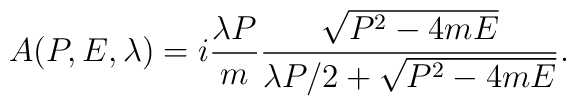
A(P,E,\lambda)=i{\lambda P\over m}{\sqrt{P^2-4mE}\over {\lambda P/ 2}+\sqrt{P^2-4mE}}.